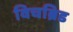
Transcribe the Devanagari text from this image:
विचब्रिड